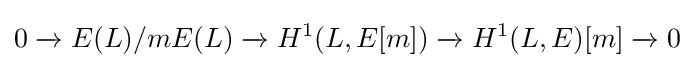
0\xrightarrow {} E(L)/mE(L)\xrightarrow {} H^{1}(L,E[m])\xrightarrow {} H^{1}(L,E)[m]\xrightarrow {} 0